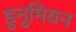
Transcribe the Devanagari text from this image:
डुनुमियन